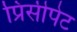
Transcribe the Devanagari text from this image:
प्रिंसीपेट